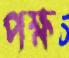
পক্ষ